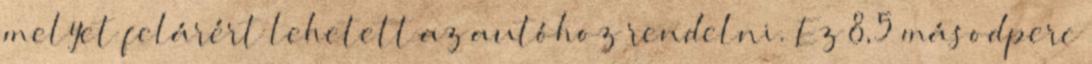
melyet felárért lehetett az autóhoz rendelni. Ez 8,5 másodperc